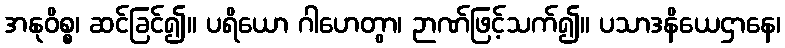
အနုဝိစ္စ၊ ဆင်ခြင်၍။ ပရိယော ဂါဟေတွာ၊ ဉာဏ်ဖြင့်သက်၍။ ပသာဒနိယေဌာနေ၊